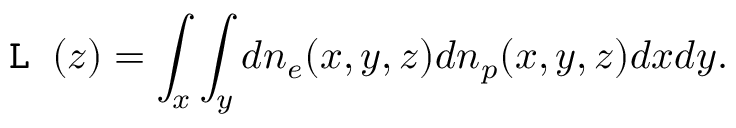
\texttt { L } ( z ) = \int _ { x } \int _ { y } d n _ { e } ( x , y , z ) d n _ { p } ( x , y , z ) d x d y .